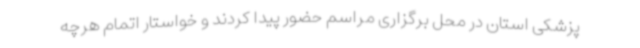
پزشکی استان در محل برگزاری مراسم حضور پیدا کردند و خواستار اتمام هرچه